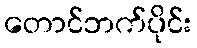
တောင်ဘက်ပိုင်း